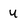
Character: u